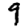
Digit: 9